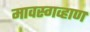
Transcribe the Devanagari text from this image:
मावस्गव्हाण